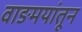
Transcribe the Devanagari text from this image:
वाङमयांतून